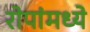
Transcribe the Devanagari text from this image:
रोपांमध्ये